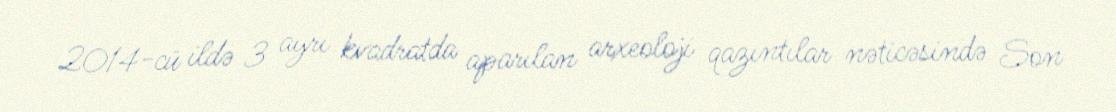
2014-cü ildə 3 ayrı kvadratda aparılan arxeoloji qazıntılar nəticəsində Son